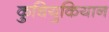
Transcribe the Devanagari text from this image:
कुचियुकियान